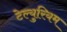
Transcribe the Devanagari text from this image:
टेल्युरियम